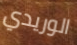
الوريدي